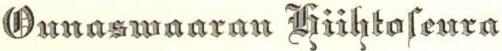
Ounasvaaran Hiihtoseura